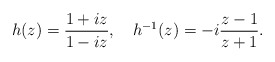
\begin{align*}h(z)=\frac{1+iz}{1-iz}, \quad h^{-1}(z)=-i\frac{z-1}{z+1}. \end{align*}